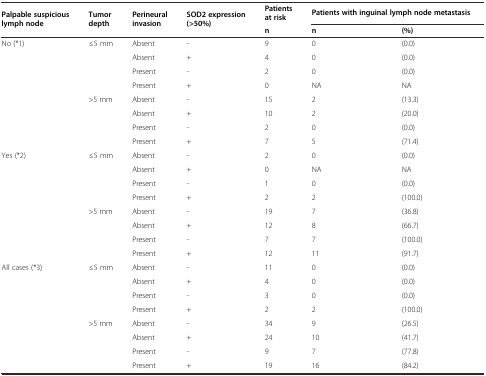
| <ROWSPAN=2> Palpable suspicious lymph node | <ROWSPAN=2> Tumor depth | <ROWSPAN=2> Perineural invasion | <ROWSPAN=2> SOD2 expression (>50%) | Patients at risk | <COLSPAN=2> Patients with inguinal lymph node metastasis |
 | n | n | (%) |
 | --- | --- | --- | --- | --- | --- | --- |
 | No (*1) | ≤5 mm | Absent | - | 9 | 0 | (0.0) |
 |  |  | Absent | + | 4 | 0 | (0.0) |
 |  |  | Present | - | 2 | 0 | (0.0) |
 |  |  | Present | + | 0 | NA | NA |
 |  | >5 mm | Absent | - | 15 | 2 | (13.3) |
 |  |  | Absent | + | 10 | 2 | (20.0) |
 |  |  | Present | - | 2 | 0 | (0.0) |
 |  |  | Present | + | 7 | 5 | (71.4) |
 | Yes (*2) | ≤5 mm | Absent | - | 2 | 0 | (0.0) |
 |  |  | Absent | + | 0 | NA | NA |
 |  |  | Present | - | 1 | 0 | (0.0) |
 |  |  | Present | + | 2 | 2 | (100.0) |
 |  | >5 mm | Absent | - | 19 | 7 | (36.8) |
 |  |  | Absent | + | 12 | 8 | (66.7) |
 |  |  | Present | - | 7 | 7 | (100.0) |
 |  |  | Present | + | 12 | 11 | (91.7) |
 | All cases (*3) | ≤5 mm | Absent | - | 11 | 0 | (0.0) |
 |  |  | Absent | + | 4 | 0 | (0.0) |
 |  |  | Present | - | 3 | 0 | (0.0) |
 |  |  | Present | + | 2 | 2 | (100.0) |
 |  | >5 mm | Absent | - | 34 | 9 | (26.5) |
 |  |  | Absent | + | 24 | 10 | (41.7) |
 |  |  | Present | - | 9 | 7 | (77.8) |
 |  |  | Present | + | 19 | 16 | (84.2) |